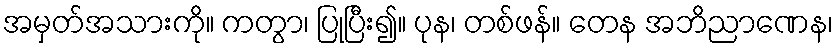
အမှတ်အသားကို။ ကတွာ၊ ပြုပြီး၍။ ပုန၊ တစ်ဖန်။ တေန အဘိညာဏေန၊